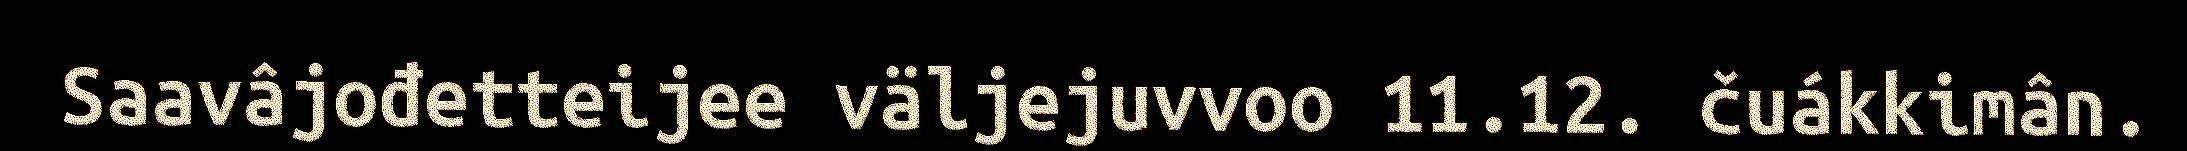
Saavâjođetteijee väljejuvvoo 11.12. čuákkimân.